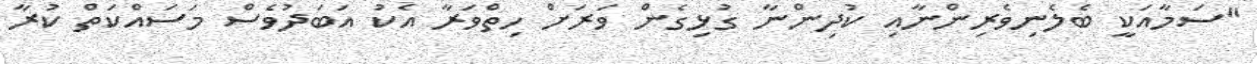
"ސަމާއަކީ ބެލެނިވެރިންނާއި ކުދިންނާ ގުޅިގެން ވަރަށް ހިތްވަރާ އެކު އަބަދުވެސް މަސައްކަތް ކުރާ